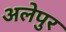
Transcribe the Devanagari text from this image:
अलेपुर